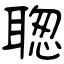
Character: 聦